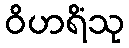
ဝိဟရိံသု